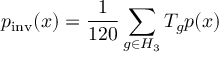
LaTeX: p _ { \mathrm { i n v } } ( x ) = \frac { 1 } { 1 2 0 } \sum _ { g \in H _ { 3 } } T _ { g } p ( x )